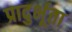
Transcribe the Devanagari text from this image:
प्रादुर्भूता